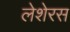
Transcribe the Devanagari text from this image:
लेशेरस